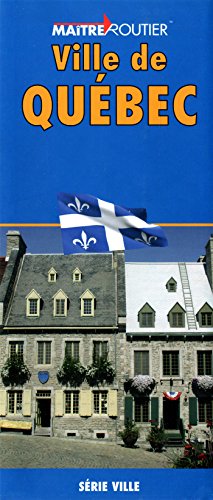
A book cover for Quebec City Map; Route Master; Travel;